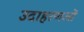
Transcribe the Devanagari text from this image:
उदाहरणओं